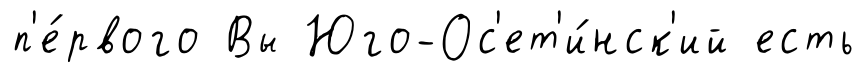
п'е́рвого Вы Юго-Ос'ет'и́нск'ий есть